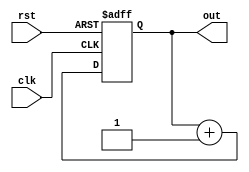
module assign_initial_example(
    input wire clk,
    input wire rst,
    output reg out
);

initial begin
    out <= 0; // Assigning initial value of 0 to out signal
end

always @(posedge clk or posedge rst) begin
    if(rst) begin
        out <= 0; // Resetting out signal to 0
    end else begin
        out <= out + 1; // Incrementing out signal on each clock edge
    end
end

endmodule